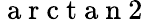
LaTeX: \mathrm{~a~r~c~t~a~n~2~}